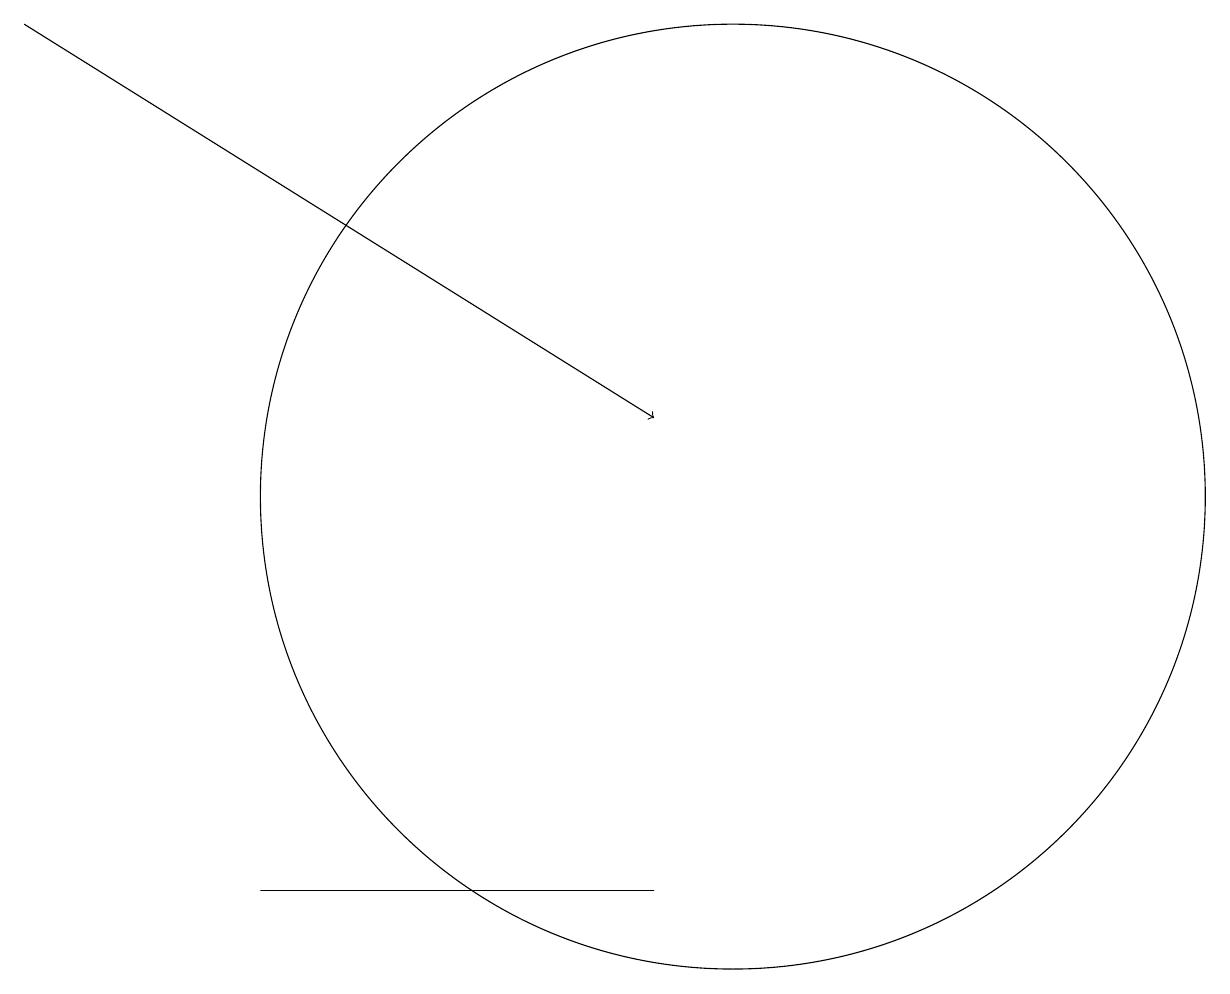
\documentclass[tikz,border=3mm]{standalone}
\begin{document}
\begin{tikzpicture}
\draw (10,10) circle (6);
\draw (4,5) -- (9,5) -- (4,5) -- cycle;
\draw[->] (1,16) -- (9,11);
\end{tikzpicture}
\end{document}